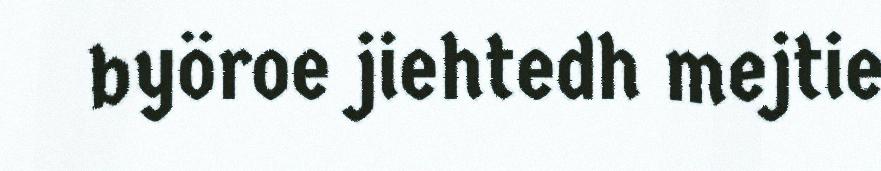
byöroe jiehtedh mejtie